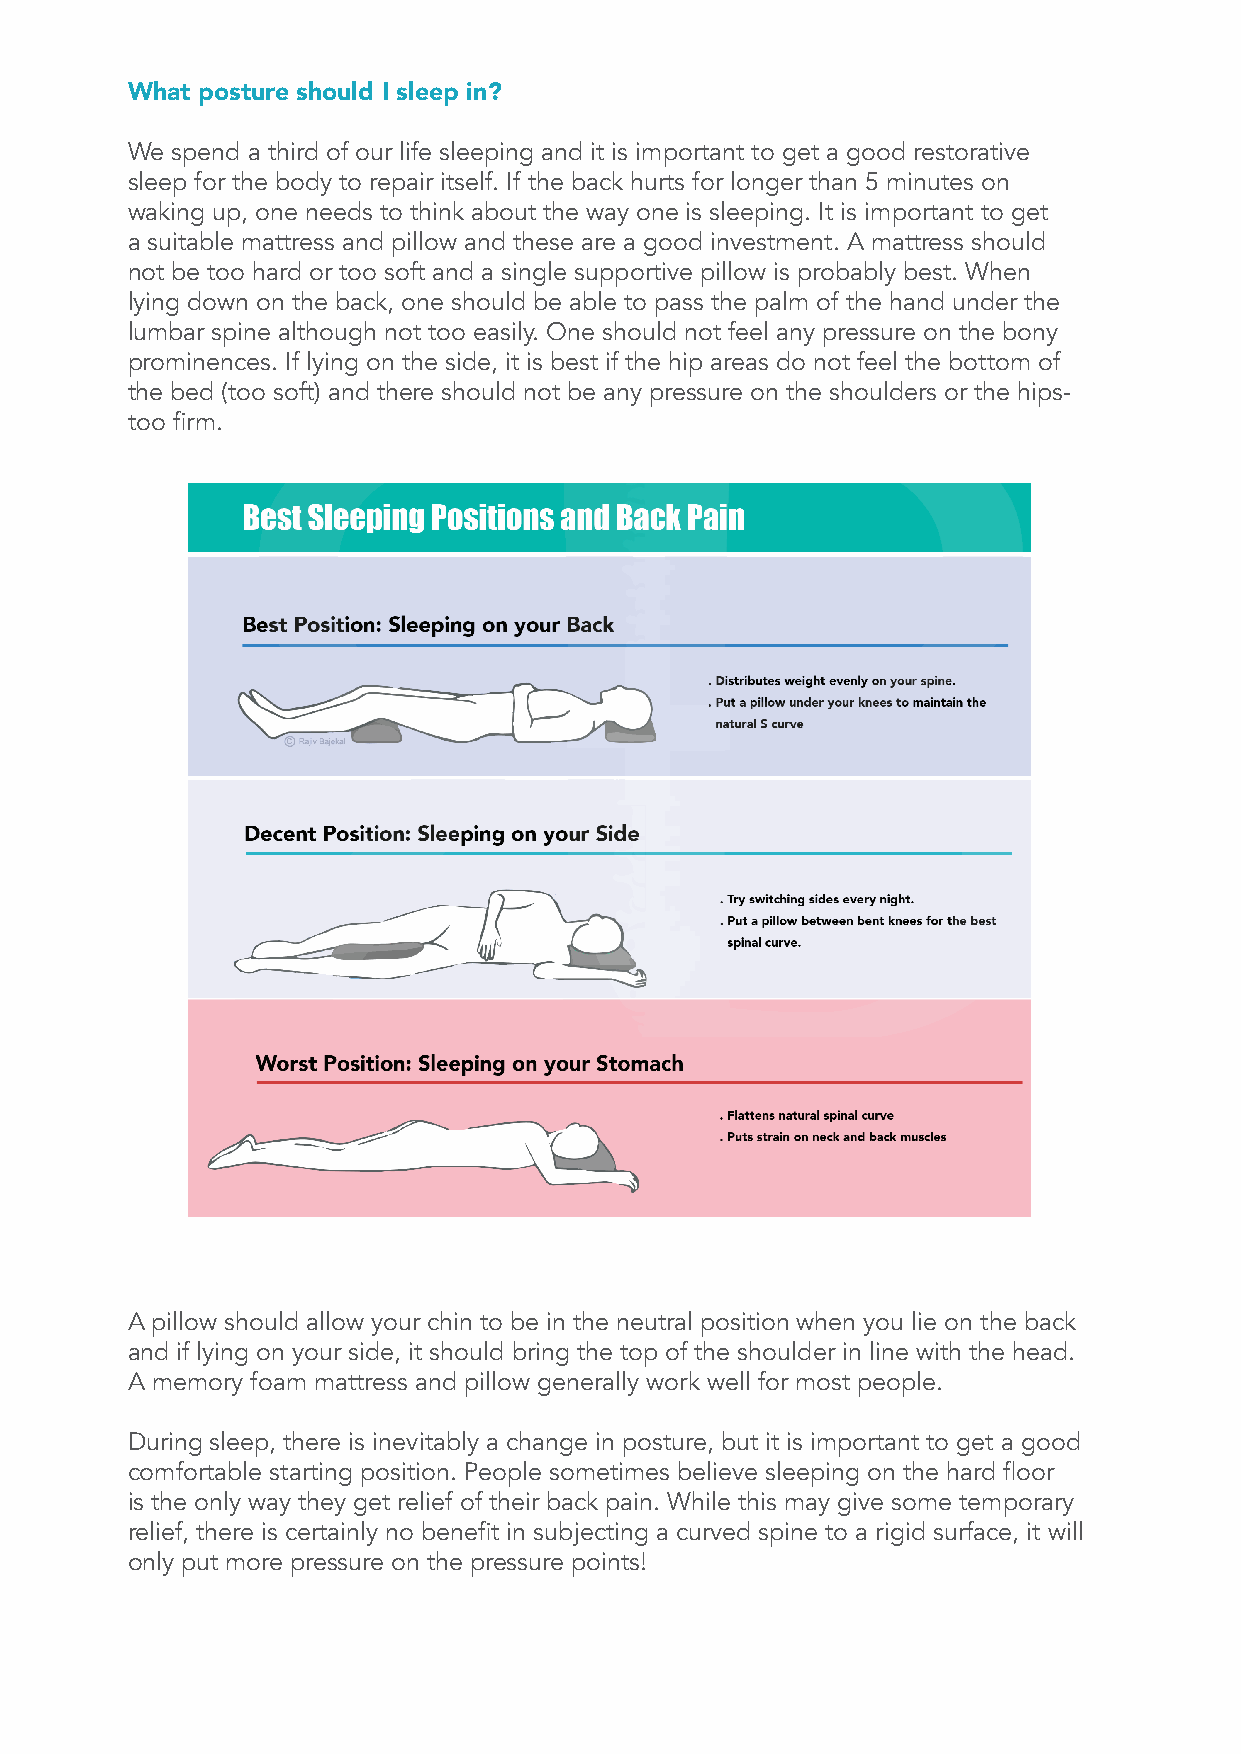
What posture should I sleep in?
 We spend a third of our life sleeping and it is important to get a good restorative
 sleep for the body to repair itself. If the back hurts for longer than 5 minutes on
 waking up, one needs to think about the way one is sleeping. It is important to get
 a suitable mattress and pillow and these are a good investment. A mattress should
 not be too hard or too soft and a single supportive pillow is probably best. When
 lying down on the back, one should be able to pass the palm of the hand under the
 lumbar spine although not too easily. One should not feel any pressure on the bony
 prominences. If lying on the side, it is best if the hip areas do not feel the bottom of
 the bed (too soft) and there should not be any pressure on the shoulders or the hips-
 too firm.
 A pillow should allow your chin to be in the neutral position when you lie on the back
 and if lying on your side, it should bring the top of the shoulder in line with the head.
 A memory foam mattress and pillow generally work well for most people.
 During sleep, there is inevitably a change in posture, but it is important to get a good
 comfortable starting position. People sometimes believe sleeping on the hard floor
 is the only way they get relief of their back pain. While this may give some temporary
 relief, there is certainly no benefit in subjecting a curved spine to a rigid surface, it will
 only put more pressure on the pressure points!